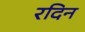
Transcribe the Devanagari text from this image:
रदिन